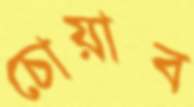
চোয়াব